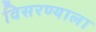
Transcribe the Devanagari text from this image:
विसरण्याला